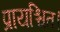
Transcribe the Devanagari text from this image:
प्रायश्चित।